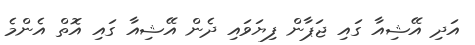
އަދި އޭޝިއާ ގައި ޖަޕާން ފިޔަވައި ދެން އޭޝިއާ ގައި އޮތް އެންމެ